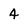
Character: 4